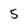
Character: 5